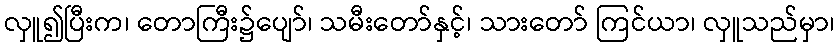
လှူ၍ပြီးက၊ တောကြီး၌ပျော်၊ သမီးတော်နှင့်၊ သားတော် ကြင်ယာ၊ လှူသည်မှာ၊